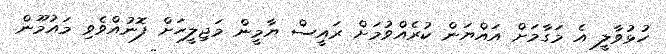
ހުޅުވާލީ އެ މަގާމަށް އައްޔަން ކުރެއްވުމަށް ރައީސް ޔާމީން މަޖިލީހަށް ފޮނުއްވެވި މައުމޫން